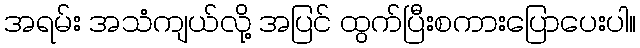
အရမ်း အသံကျယ်လို့ အပြင် ထွက်ပြီးစကားပြောပေးပါ။